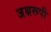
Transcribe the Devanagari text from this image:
जश्नरूपी